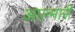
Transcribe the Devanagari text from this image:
आल्मारी